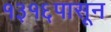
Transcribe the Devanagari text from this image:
१३१६पासून